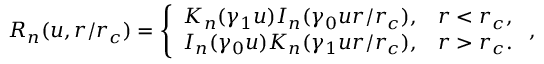
R _ { n } ( u , r / r _ { c } ) = \left\{ \begin{array} { c c } { K _ { n } ( \gamma _ { 1 } u ) I _ { n } ( \gamma _ { 0 } u r / r _ { c } ) , } & { r < r _ { c } , } \\ { I _ { n } ( \gamma _ { 0 } u ) K _ { n } ( \gamma _ { 1 } u r / r _ { c } ) , } & { r > r _ { c } . } \end{array} \right. ,